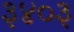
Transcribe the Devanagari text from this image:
३४०३